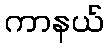
ကာနယ်